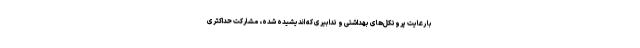
با رعایت پروتکل‌های بهداشتی و تدابیری که اندیشیده شده، مشارکت حداکثری